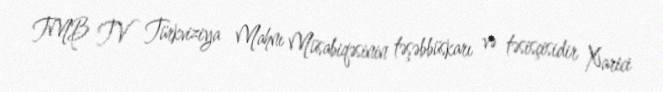
TMB TV Türkviziya Mahnı Müsabiqəsinin təşəbbüskarı və təsisçisidir Xarici